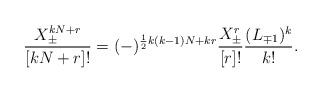
\begin{align*}\frac{X_\pm^{kN+r}}{[kN+r]!} = (-)^{\frac{1}{2} k(k-1)N+kr}\frac{X_\pm^r}{[r]!}\frac{(L_{\mp1})^k}{k!}.\end{align*}